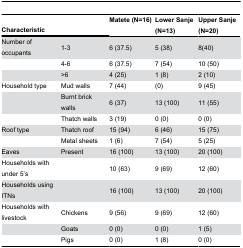
<table><thead><tr><td colspan="2"><b>Characteristic </b></td><td><b>Matete (N=16)</b></td><td><b>Lower Sanje (N=13)</b></td><td><b>Upper Sanje (N=20)</b></td></tr></thead><tbody><tr><td>Number of occupants</td><td>1-3</td><td>6 (37.5)</td><td>5 (38)</td><td>8(40)</td></tr><tr><td></td><td>4-6</td><td>6 (37.5)</td><td>7 (54)</td><td>10 (50)</td></tr><tr><td></td><td>&gt;6</td><td>4 (25)</td><td>1 (8)</td><td>2 (10)</td></tr><tr><td>Household type</td><td>Mud walls</td><td>7 (44)</td><td> (0)</td><td>9 (45)</td></tr><tr><td></td><td>Burnt brick walls</td><td>6 (37)</td><td>13 (100)</td><td>11 (55)</td></tr><tr><td></td><td>Thatch walls</td><td>3 (19)</td><td>0 (0)</td><td>0 (0)</td></tr><tr><td>Roof type</td><td>Thatch roof</td><td>15 (94)</td><td>6 (46)</td><td>15 (75)</td></tr><tr><td></td><td>Metal sheets</td><td>1 (6)</td><td>7 (54)</td><td>5 (25)</td></tr><tr><td>Eaves</td><td>Present</td><td>16 (100)</td><td>13 (100)</td><td>20 (100)</td></tr><tr><td>Households with under 5’s</td><td></td><td>10 (63)</td><td>9 (69)</td><td>12 (60)</td></tr><tr><td>Households using ITNs</td><td></td><td>16 (100)</td><td>13 (100)</td><td>20 (100)</td></tr><tr><td>Households with livestock</td><td>Chickens</td><td>9 (56)</td><td>9 (69)</td><td>12 (60)</td></tr><tr><td></td><td>Goats</td><td>0 (0)</td><td>0 (0)</td><td>1 (5)</td></tr><tr><td></td><td>Pigs</td><td>0 (0)</td><td>1 (8)</td><td>0 (0)</td></tr></tbody></table>